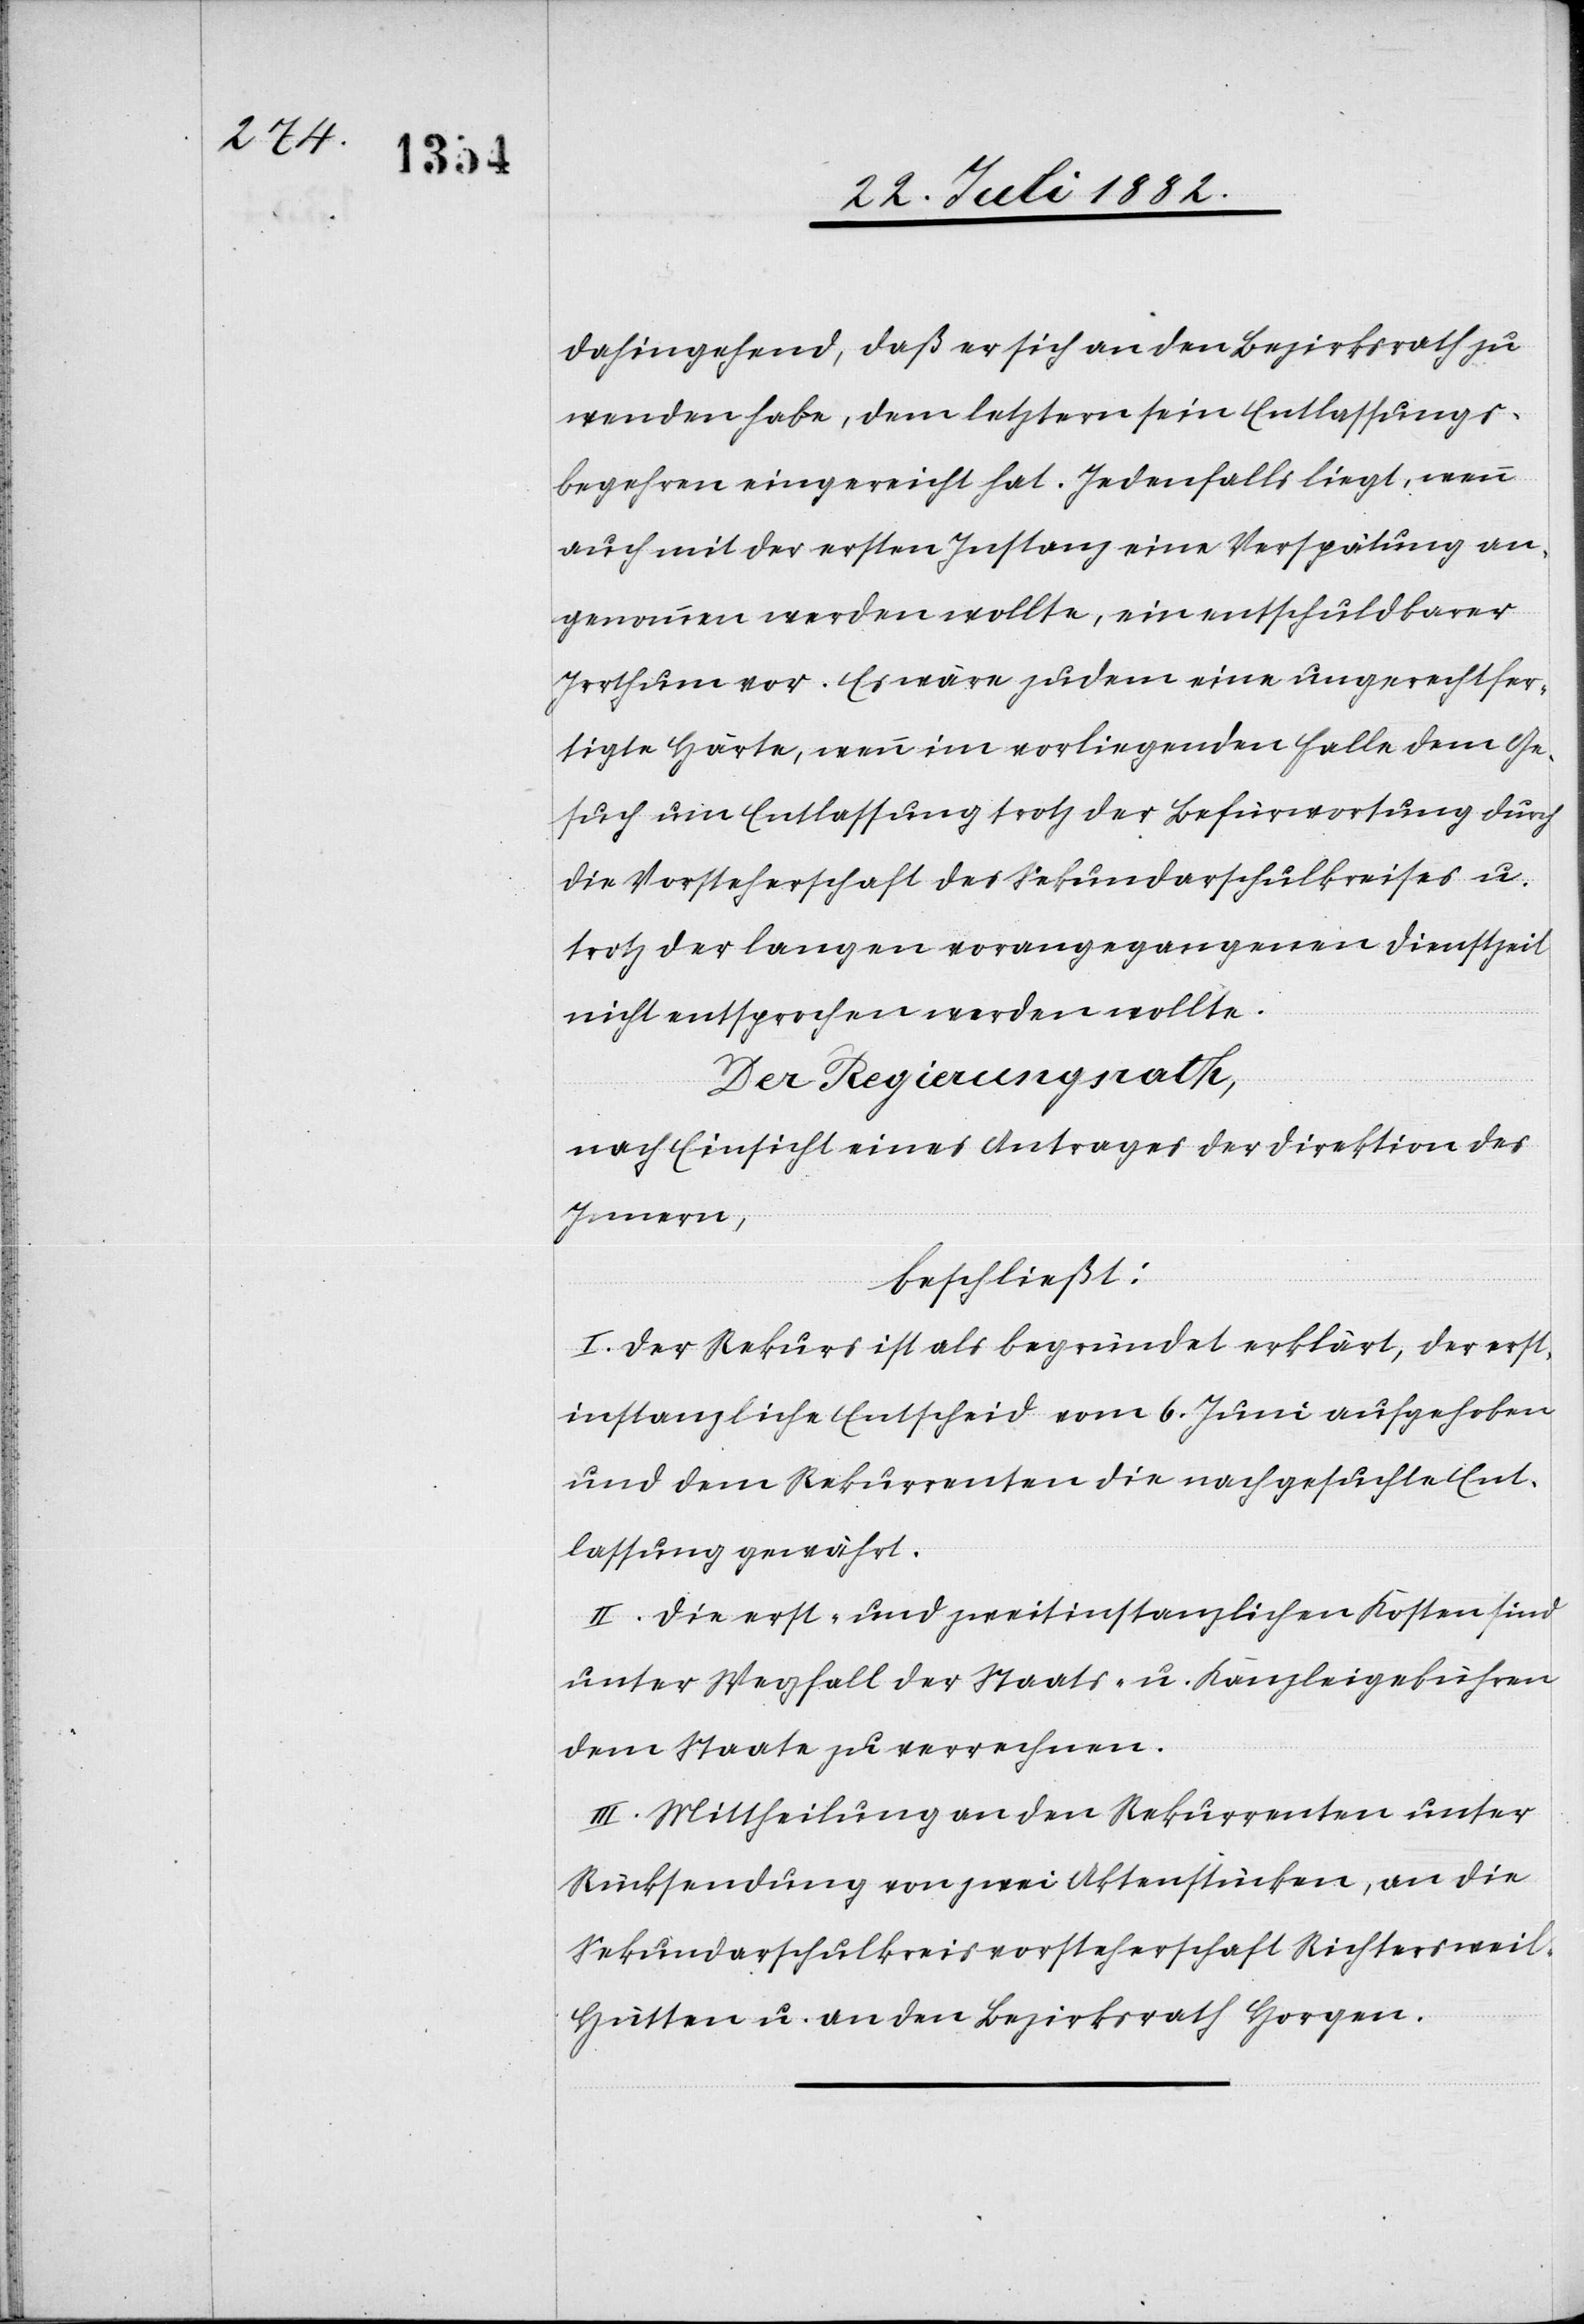
dahingehend, daß er sich an den Bezirksrath zu
wenden habe, dem letztern sein Entlassungs¬
begehren eingereicht hat. Jedenfalls liegt, wenn
auch mit der ersten Instanz eine Verspätung an¬
genommen werden wollte, ein entschuldbarer
Irrthum vor. Es wäre zudem eine ungerechtfer¬
tigte Härte, wenn im vorliegenden Falle dem Ge¬
such um Entlassung trotz der Befürwortung durch
die Vorsteherschaft des Sekundarschulkreises u.
trotz der lange vorangegangenen Dienstzeit
nicht entsprochen werden wollte.
Der Regierungsrath,
nach Einsicht eines Antrages der Direktion des
Innern,
beschließt:
I. Der Rekurs ist als begründet erklärt, der erst¬
instanzliche Entscheid vom 6. Juni aufgehoben
und dem Rekurrenten die nachgesuchte Ent¬
lassung gewährt.
II. Die erst- und zweitinstanzlichen Kosten sind
unter Wegfall der Staats- u. Kanzleigebühren
dem Staate zu verrechnen.
III. Mittheilung an den Rekurrenten unter
Rücksendung von zwei Aktenstücken, an die
Sekundarschulkreisvorsteherschaft Richtersweil-H¬
ütten u. an den Bezirksrath Horgen.